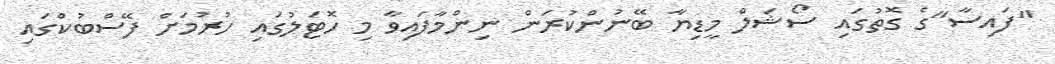
"ފައިސާ"ގެ ގޮތުގައި ސޯޝަލް މީޑިޔާ ބޭނުންކުރަން ނިންމާފައިވާ މި ހޮޓަލުގައި ހުރުމަށް ފޭސްބުކްގައި